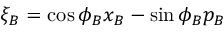
\xi _ { B } = \cos \phi _ { B } x _ { B } - \sin \phi _ { B } p _ { B }